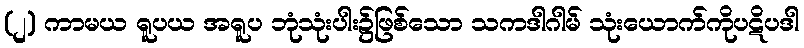
(၂) ကာမယ ရူပယ အရူပ ဘုံသုံးပါး၌ဖြစ်သော သကဒါဂါမ် သုံးယောက်ကိုပဋိပဒါ